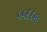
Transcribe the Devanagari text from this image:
५५६६९६